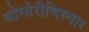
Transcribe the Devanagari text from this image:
ओस्तेरीचिस्चार